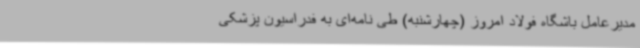
مدیرعامل باشگاه فولاد امروز (چهارشنبه) طی نامه‌ای به فدراسیون پزشکی